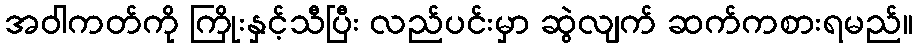
အဝါကတ်ကို ကြိုးနှင့်သီပြီး လည်ပင်းမှာ ဆွဲလျက် ဆက်ကစားရမည်။